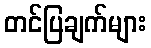
တင်ပြချက်များ